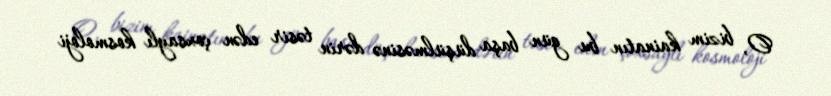
O, bizim kainatın bu gün başa düşülməsinə dərin təsir edən çoxsaylı kosmoloji